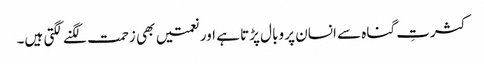
کثرتِ گناہ سے انسان پر وبال پڑتا ہے اور نعمتیں بھی زحمت لگنے لگتی ہیں۔